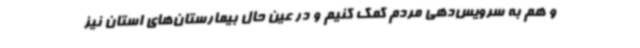
و هم به سرویس‌دهی مردم کمک کنیم و در عین حال بیمارستان‌های استان نیز